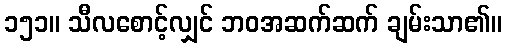
၁၅၁။ သီလစောင့်လျှင် ဘဝအဆက်ဆက် ချမ်းသာ၏။